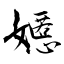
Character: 嬺